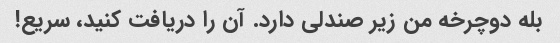
بله دوچرخه من زیر صندلی دارد. آن را دریافت کنید، سریع!